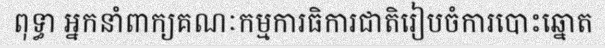
ពុទ្ធា អ្នកនាំពាក្យគណៈកម្មការធិការជាតិរៀបចំការបោះឆ្នោត